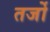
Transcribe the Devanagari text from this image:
तर्जो